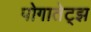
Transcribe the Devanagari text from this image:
पोगातेट्झ